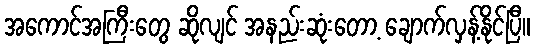
အကောင်အကြီးတွေ ဆိုလျင် အနည်းဆုံးတော့ ချောက်လှန့်နိုင်ပြီ။